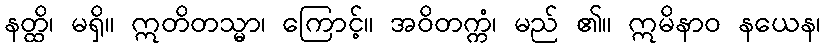
နတ္ထိ၊ မရှိ။ ဣတိတသ္မာ၊ ကြောင့်။ အဝိတက္ကံ၊ မည် ၏။ ဣမိနာဝ နယေန၊